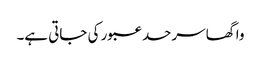
واگھا سرحد عبور کی جاتی ہے۔